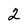
Character: 2